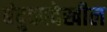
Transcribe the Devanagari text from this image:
बंदुकादेखील